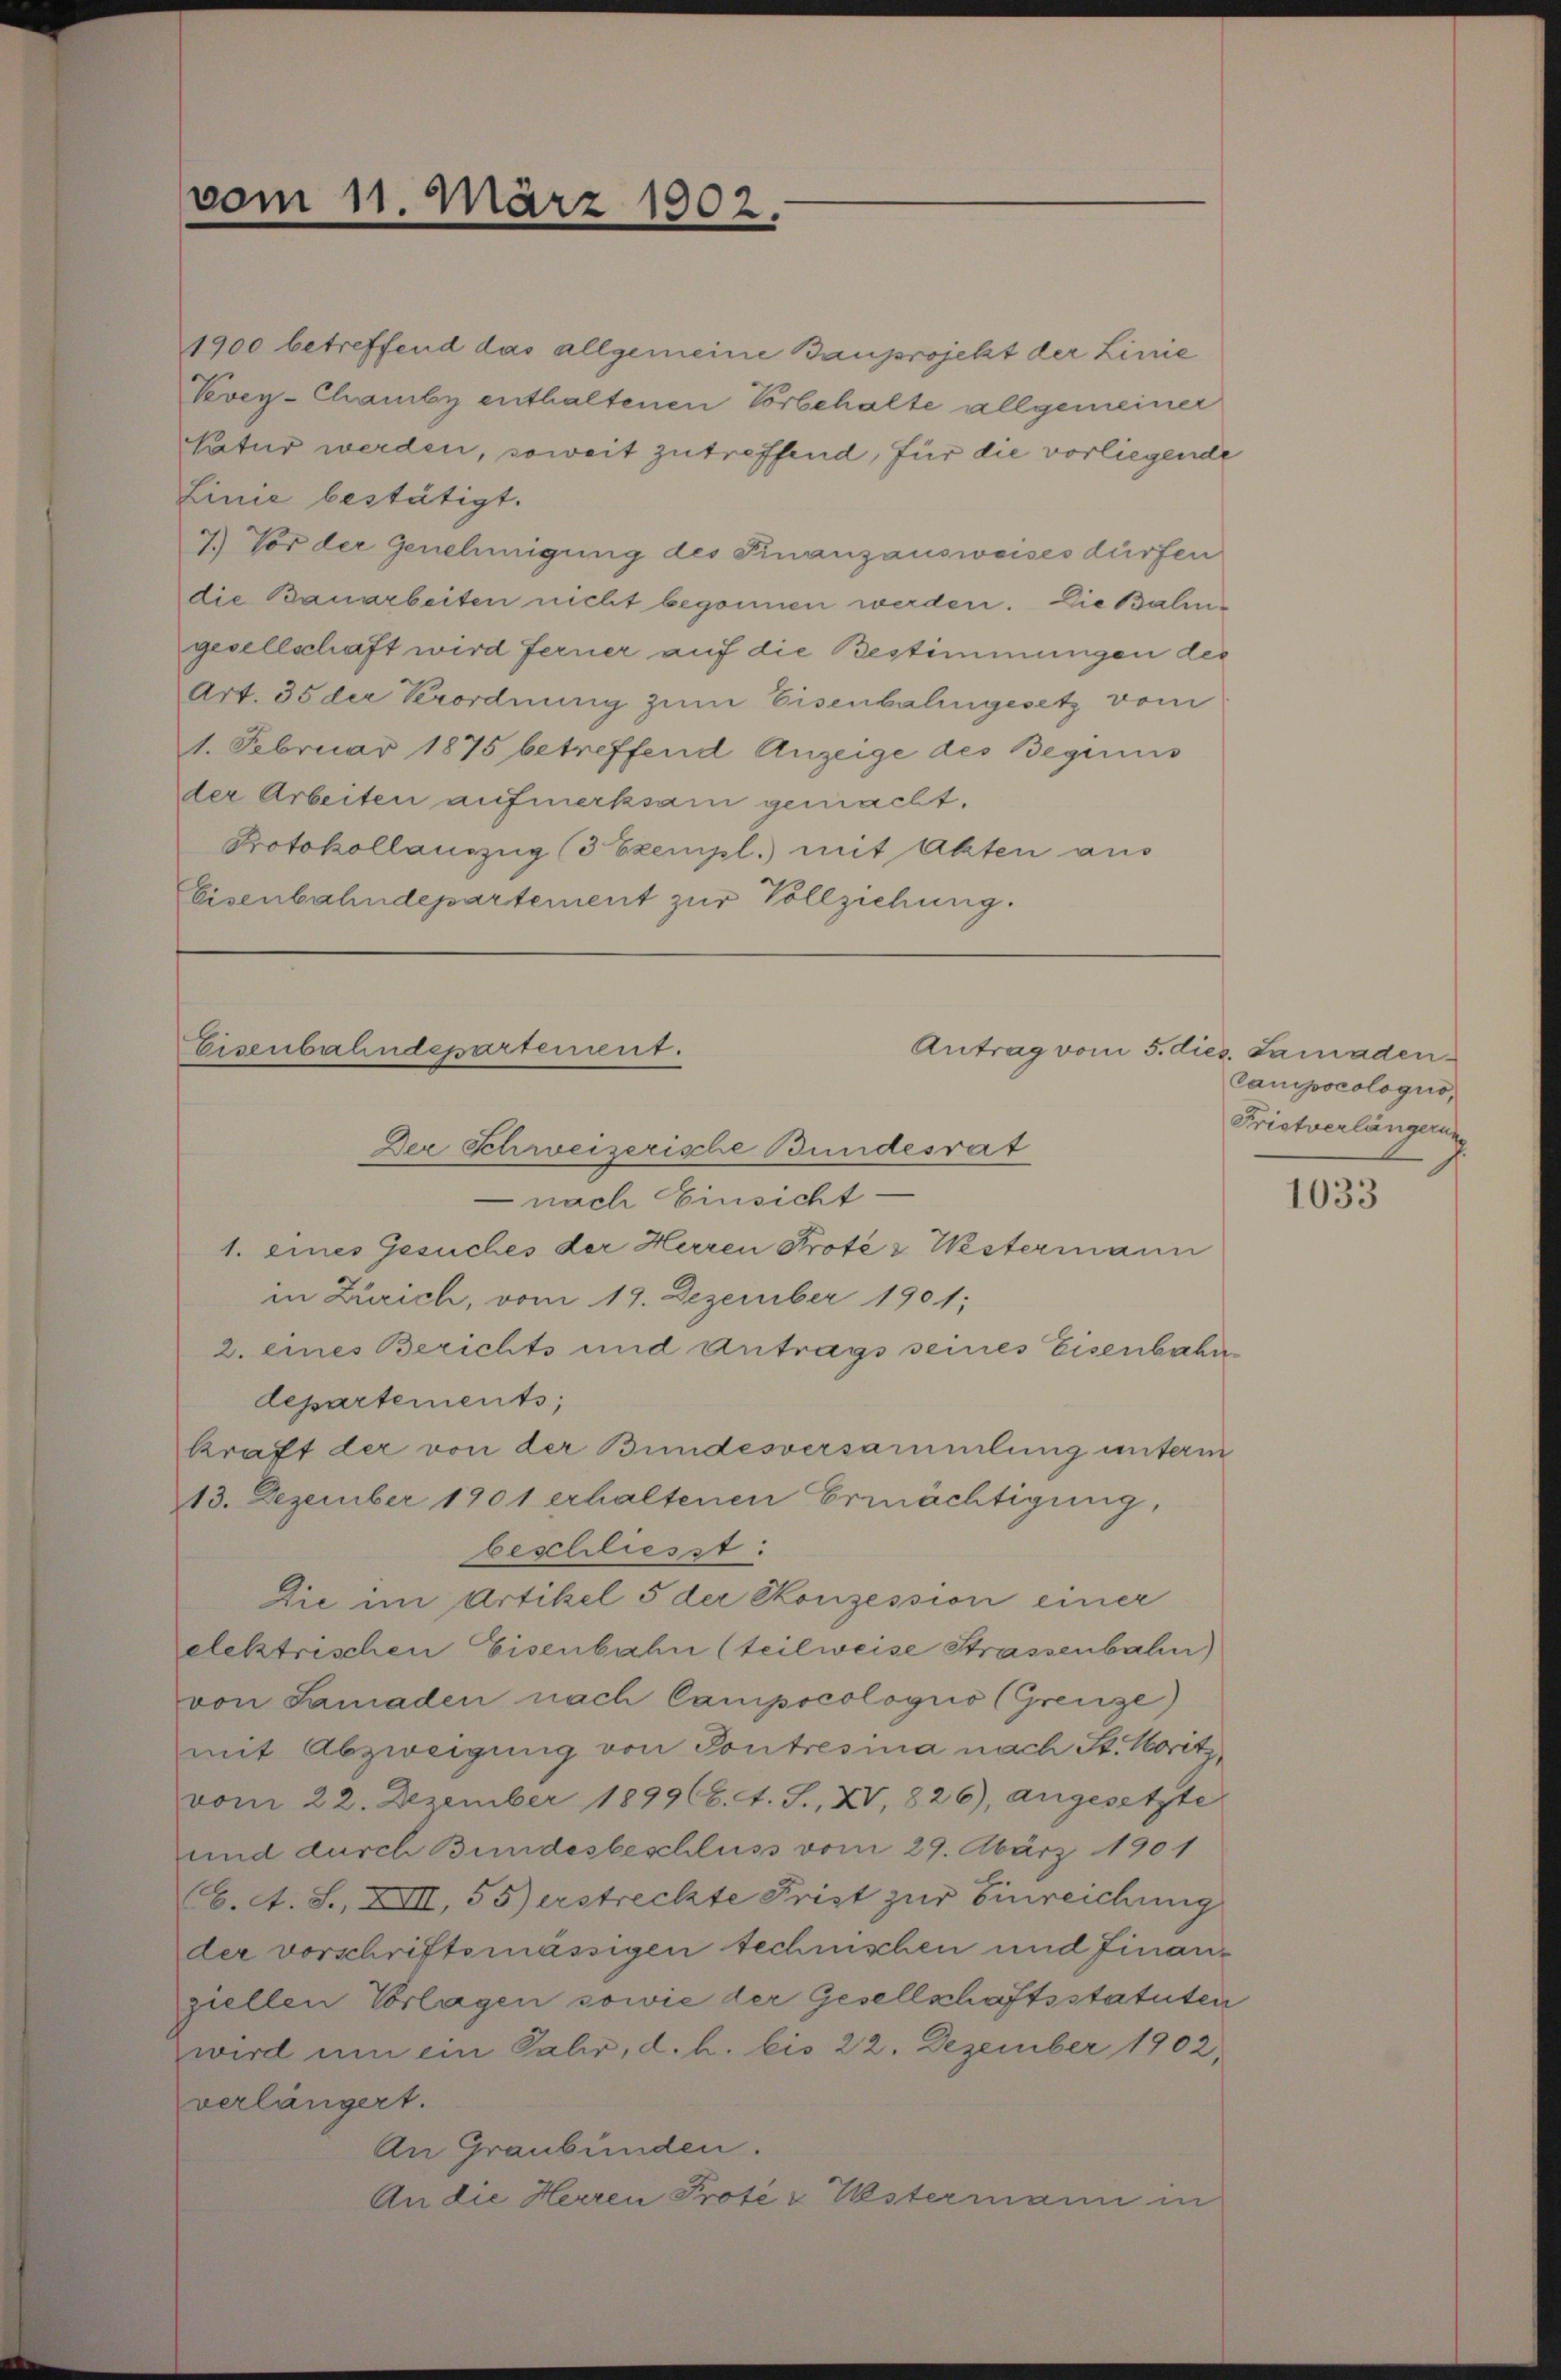
vom 11. März 1902.

1900 betreffend das allgemeine Bauprojekt der Linie
Vevey-Chamby enthaltenen Vorbehalte allgemeiner
Natur werden, soweit zutreffend, für die vorliegende
Linie bestätigt.
7.) Vor der Genehmigung des Finanzausweises dürfen
die Bauarbeiten nicht begonnen werden. Die Balingesellschaft wird ferner auf die Bestimmungen der
Art. 35 der Verordnung zum Eisenbahngesetz vom
1. Februar 1875 betreffend Anzeige des Beginis
der Arbeiten aufmerksam gemacht.
Protokollauszug (3 Exempl. mit Akten aus
Eisenbahndepartement zur Vollziehung.

Eisenbahndepartement.

Antrag vom 5. dies. Lamaden¬

Der Schweizerische Bundesrat
 nach Einsicht.
1. eines Gesuches der Herren Protes Westermann
in Zürich, vom 19. Dezember 1901;
2. eines Berichts und Antrags seines Eisenbahr
departements;
kraft der von der Bundesversammlung unterm
13. Dezember 1901 erhaltenen Ermächtigung,
beschliesst:
Die im Artikel 5 der Konzession einer
elektrischen Eisenbahn (teilweise Strassenbahn)
von Samaden nach Campscologis (Grenze)
mit Abzweigung von Pontresia nach St. Moritz,
vom 22. Dezember 189966. 1. S. XV, 826), angesetzte
und durch Bundesbeschluß vom 29. März 1901
C. A. S., XIII, 55) erstreckte Frist zur Einreichung
der vorschriftsmässigen technischen und Finanziellen Vorlagen sowie der Gesellschaftsstatuten
wird um ein Jahr, d. h. bis 22. Dezember 1902,
verlängert.
An Graubünden.
An die Herren Prote & Ustermann in

Campscologio,
Fristverlängerung

1033